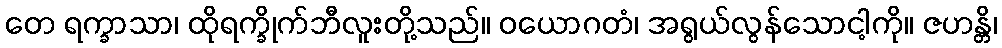
တေ ရက္ခာသာ၊ ထိုရက္ခိုက်ဘီလူးတို့သည်။ ဝယောဂတံ၊ အရွယ်လွန်သောငါ့ကို။ ဇဟန္တိ၊